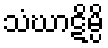
သံဃာဋိမ္ပိ